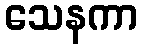
သေနကာ